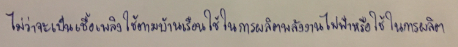
ไม่ว่าจะเป็นเชื้อเพลิงใช้ตามบ้านเรือนใช้ในการผลิตพลังงานไฟฟ้าหรือใช้ในการผลิต